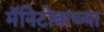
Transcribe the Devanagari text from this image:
मॅनिटोबाच्या